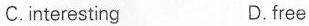
C.interesting D.free